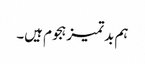
ہم بدتمیز ہجوم ہیں۔